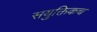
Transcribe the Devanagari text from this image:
सयुक्तिकच